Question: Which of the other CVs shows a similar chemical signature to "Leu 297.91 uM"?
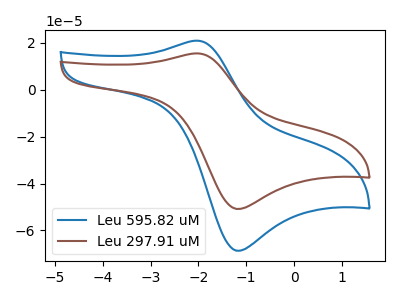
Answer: <think>The blue curve "Leu 595.82 uM" has an anodic peak at (-2.05V, 20.90uA) and a cathodic peak at (-1.20V, -68.60uA). The brown curve "Leu 297.91 uM" has an anodic peak at (-2.05V, 15.45uA) and a cathodic peak at (-1.20V, -50.80uA).
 All the peaks in "Leu 595.82 uM" have a peak in "Leu 297.91 uM" at the same potential. Every peak in "Leu 595.82 uM" is higher than every peak in "Leu 297.91 uM".</think>
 <answer>The CV with the most similar shape to "Leu 595.82 uM" is "Leu 297.91 uM".</answer>
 <eval>"Leu 297.91 uM"</eval>